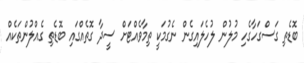
ބޮޑެތި ގަސްގަހާގެހި މުލުން ލުހެލައިގެން ނެގުމަކީ ތިމާވެއްޓަށް ސީދާ ގޮތެއްގައި ބޮޑެތި ގެއްލުންތަކެއް